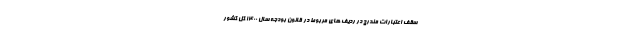
سقف اعتبارات مندرج در ردیف های مربوط در قانون بودجه سال 1400 کل کشور